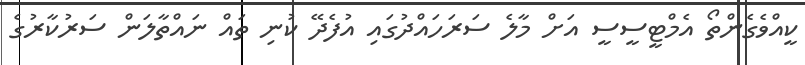
ކީއްވެގެންތޯ އެމްޓީސީސީ އަށް މާލެ ސަރަހައްދުގައި އުފެދޭ ކުނި ތައް ނައްތާލަން ސަރުކާރުގެ